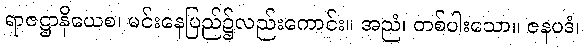
ရာဇဋ္ဌာနိယေစ၊ မင်းနေပြည်၌လည်းကောင်း။ အညံ၊ တစ်ပါးသော။ ဇနပဒံ၊